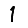
Digit: 1